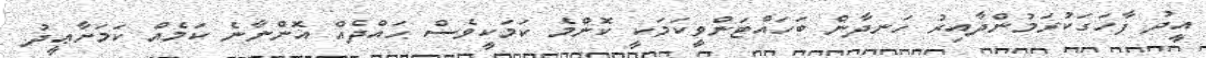
އީދު ފާހަގަކުރަމުންދާއިރު ހަނދާން ބަހައްޓަންވީކަމަކީ ކޮންމެ ކަމަކީވެސް ޙައްދެއް އޮންނާނެ ކަމެއް ކަމަށާޢީދު